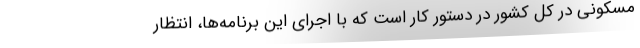
مسکونی در کل کشور در دستور کار است که با اجرای این برنامه‌ها، انتظار